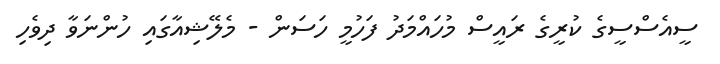
ސީއެސްސީގެ ކުރީގެ ރައީސް މުހައްމަދު ފަހުމީ ހަަސަން - މެލޭޝިއާގައި ހުންނަވާ ދިވެހި